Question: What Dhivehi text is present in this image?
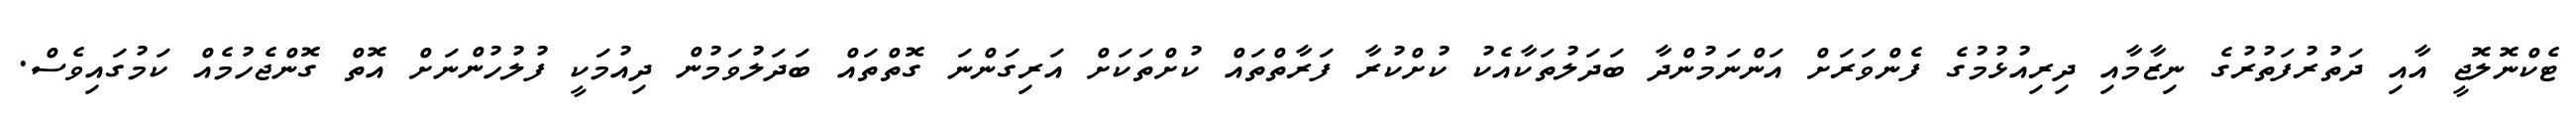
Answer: ޓެކްނޮލޮޖީ އާއި ދަތުރުފަތުރުގެ ނިޒާމާއި ދިރިއުޅުމުގެ ފެންވަރަށް އަންނަމުންދާ ބަދަލުތަކާއެކު ކުށްކުރާ ފަރާތްތައް ކުށްތަކަށް އަރިގަންނަ ގޮތްތައް ބަދަލުވަމުން ދިއުމަކީ ފުލުހުންނަށް އޮތް ގޮންޖެހުމެއް ކަމުގައިވެސް.